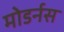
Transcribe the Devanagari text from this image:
मोडर्नस